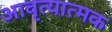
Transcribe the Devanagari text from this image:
आवृत्यात्मक